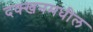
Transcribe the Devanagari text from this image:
दक्खनमधील